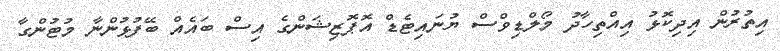
އިތުރުން އިދިކޮޅު އިއްތިހާދު މޯލްޑިވްސް ޔުނައިޓެޑް އޮޕޮޒިޝަންގެ އިސް ބައެއް ބޭފުޅުންނާ މުޓުންގާ